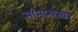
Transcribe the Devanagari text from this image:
सामान्यतयर